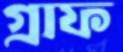
গ্রাফ